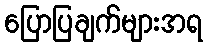
ပြောပြချက်များအရ